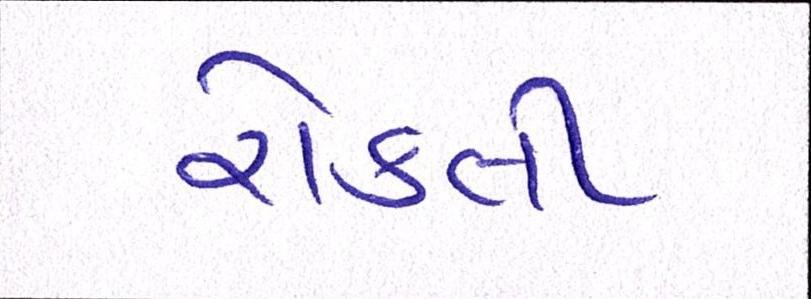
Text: રોકતી